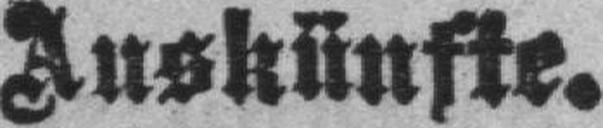
Auskünfte.